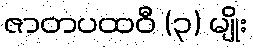
ဇာတပထဝီ (၃) မျိုး